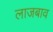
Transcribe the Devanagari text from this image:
लाजबाव